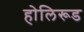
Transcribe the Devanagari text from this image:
होलिरूड